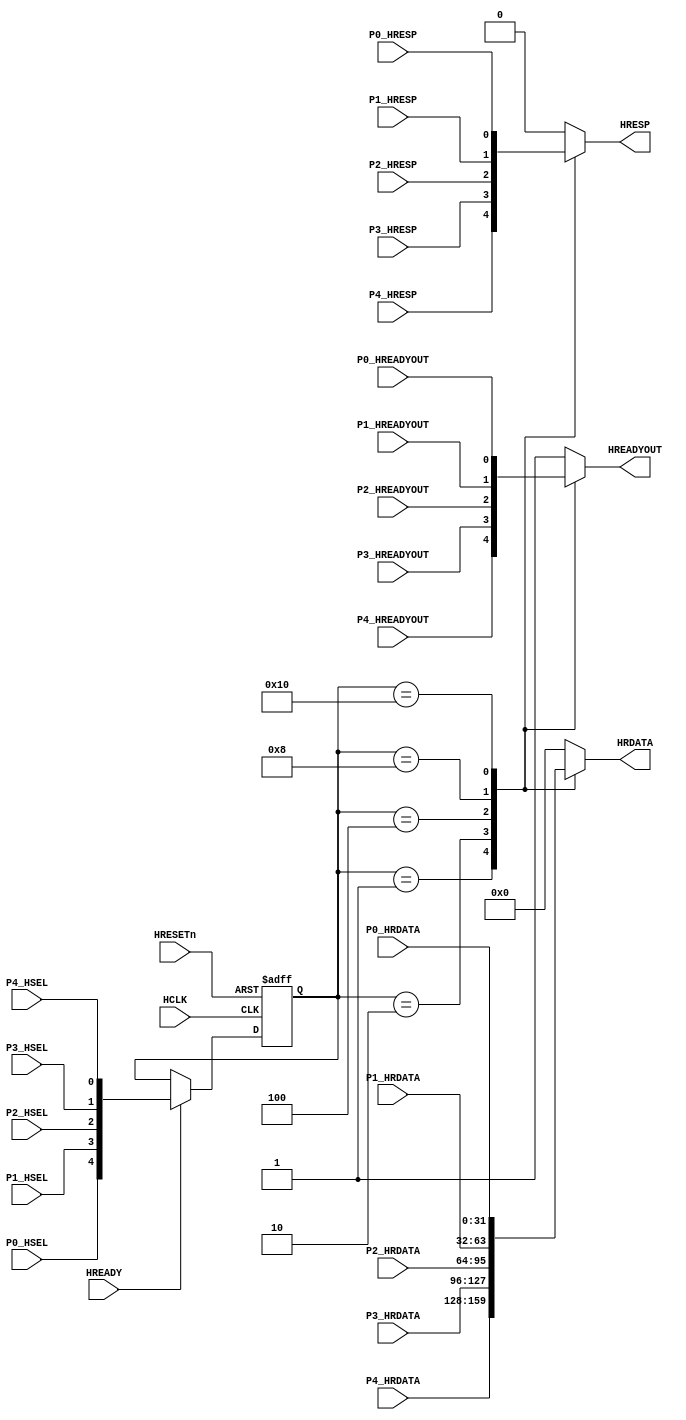
module AHBlite_SlaveMUX (

    input HCLK,
    input HRESETn,
    input HREADY,

    //port 0
    input P0_HSEL,
    input P0_HREADYOUT,
    input P0_HRESP,
    input [31:0] P0_HRDATA,

    //port 1
    input P1_HSEL,
    input P1_HREADYOUT,
    input P1_HRESP,
    input [31:0] P1_HRDATA,

    //port 2
    input P2_HSEL,
    input P2_HREADYOUT,
    input P2_HRESP,
    input [31:0] P2_HRDATA,

    //port 3
    input P3_HSEL,
    input P3_HREADYOUT,
    input P3_HRESP,
    input [31:0] P3_HRDATA,

    //port 4
    input P4_HSEL,
    input P4_HREADYOUT,
    input P4_HRESP,
    input [31:0] P4_HRDATA,

    //output
    output wire HREADYOUT,
    output wire HRESP,
    output wire [31:0] HRDATA
);

//reg the hsel
reg [4:0] hsel_reg;

always@(posedge HCLK or negedge HRESETn) begin
    if(~HRESETn) hsel_reg <= 5'b00000;
    else if(HREADY) hsel_reg <= {P0_HSEL,P1_HSEL,P2_HSEL,P3_HSEL,P4_HSEL};
end

//hready mux
reg hready_mux;

always@(*) begin
    case(hsel_reg)
    5'b00001 : begin hready_mux = P4_HREADYOUT;end
    5'b00010 : begin hready_mux = P3_HREADYOUT;end
    5'b00100 : begin hready_mux = P2_HREADYOUT;end
    5'b01000 : begin hready_mux = P1_HREADYOUT;end
    5'b10000 : begin hready_mux = P0_HREADYOUT;end
    default : begin hready_mux = 1'b1;end
    endcase
end

assign HREADYOUT = hready_mux;

//hresp mux
reg hresp_mux;

always@(*) begin
    case(hsel_reg)
    5'b00001 : begin hresp_mux = P4_HRESP;end
    5'b00010 : begin hresp_mux = P3_HRESP;end
    5'b00100 : begin hresp_mux = P2_HRESP;end
    5'b01000 : begin hresp_mux = P1_HRESP;end
    5'b10000 : begin hresp_mux = P0_HRESP;end
    default : begin hresp_mux = 1'b0;end
    endcase
end

assign HRESP = hresp_mux;

//hrdata mux
reg [31:0] hrdata_mux;

always@(*) begin
    case(hsel_reg)
    5'b00001 : begin hrdata_mux = P4_HRDATA;end
    5'b00010 : begin hrdata_mux = P3_HRDATA;end
    5'b00100 : begin hrdata_mux = P2_HRDATA;end
    5'b01000 : begin hrdata_mux = P1_HRDATA;end
    5'b10000 : begin hrdata_mux = P0_HRDATA;end
    default : begin hrdata_mux = 32'b0;end
    endcase
end

assign HRDATA = hrdata_mux;

endmodule